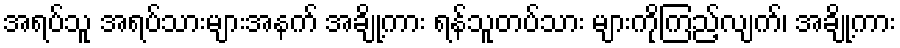
အရပ်သူ အရပ်သားများအနက် အချို့ကား ရန်သူတပ်သား များကိုကြည့်လျက်၊ အချို့ကား